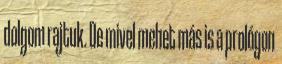
dolgom rajtuk. De mivel mehet más is a prológon